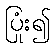
ပြုံး၍